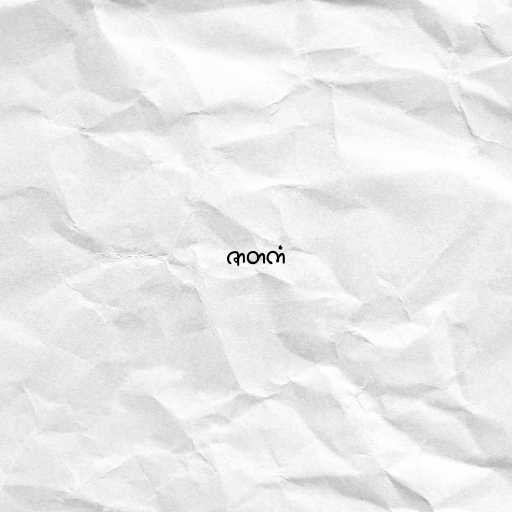
ဇာတကံ